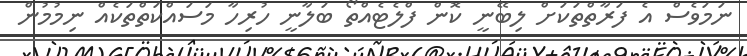
ނަމަވެސް އެ ފަރާތްތަކަށް ލިބޭނީ ކޮން ފްލެޓެއްތޯ ބަލާނީ ހުރިހާ މަސައްްކަތްތަކެއް ނިމުމުން